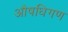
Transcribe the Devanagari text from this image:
औषधिगण